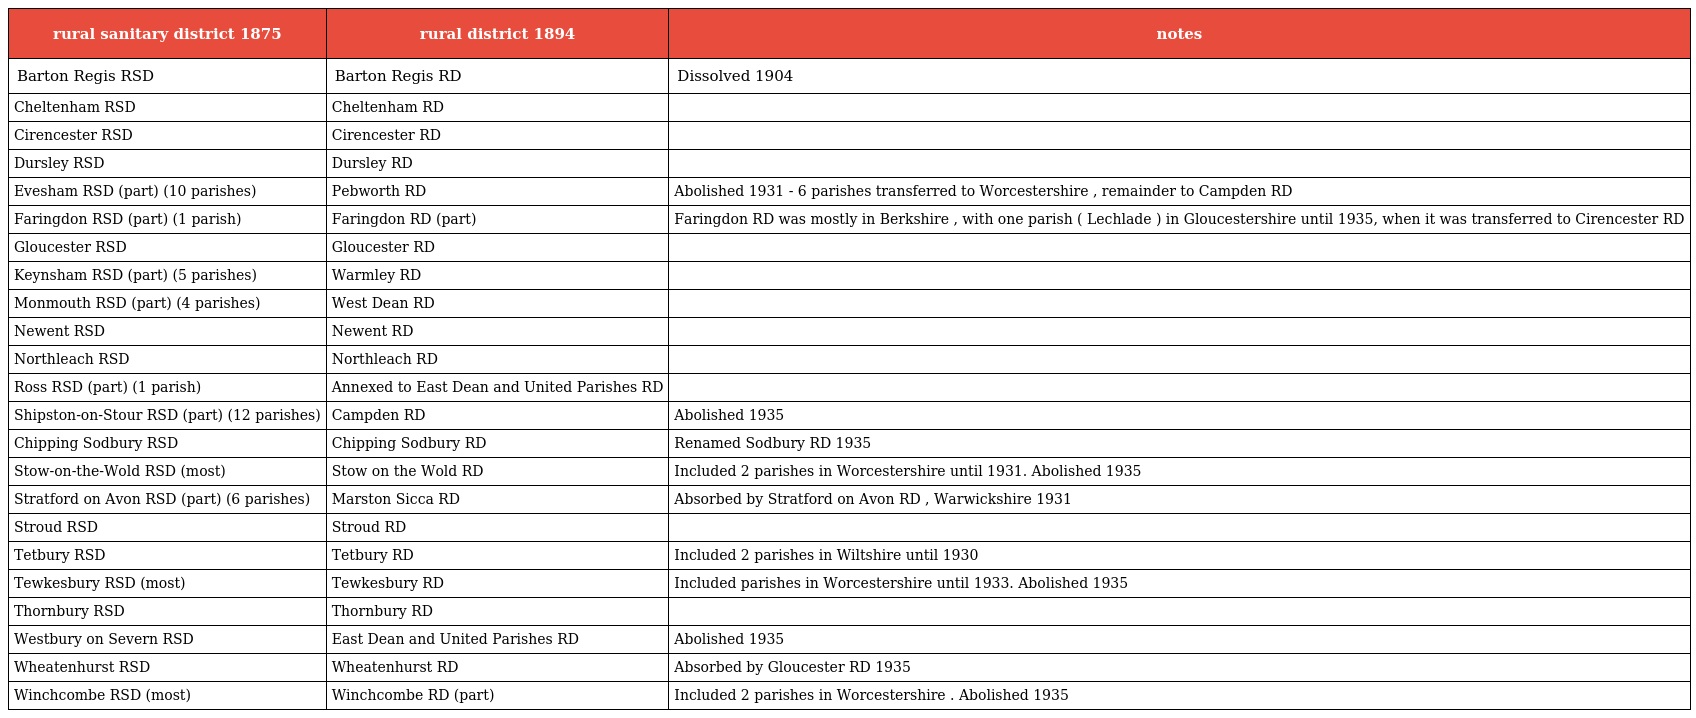
| rural sanitary district 1875 | rural district 1894 | notes |
 | --- | --- | --- |
 | Barton Regis RSD | Barton Regis RD | Dissolved 1904 |
 | Cheltenham RSD | Cheltenham RD |  |
 | Cirencester RSD | Cirencester RD |  |
 | Dursley RSD | Dursley RD |  |
 | Evesham RSD (part) (10 parishes) | Pebworth RD | Abolished 1931 - 6 parishes transferred to Worcestershire , remainder to Campden RD |
 | Faringdon RSD (part) (1 parish) | Faringdon RD (part) | Faringdon RD was mostly in Berkshire , with one parish ( Lechlade ) in Gloucestershire until 1935, when it was transferred to Cirencester RD |
 | Gloucester RSD | Gloucester RD |  |
 | Keynsham RSD (part) (5 parishes) | Warmley RD |  |
 | Monmouth RSD (part) (4 parishes) | West Dean RD |  |
 | Newent RSD | Newent RD |  |
 | Northleach RSD | Northleach RD |  |
 | Ross RSD (part) (1 parish) | Annexed to East Dean and United Parishes RD |  |
 | Shipston-on-Stour RSD (part) (12 parishes) | Campden RD | Abolished 1935 |
 | Chipping Sodbury RSD | Chipping Sodbury RD | Renamed Sodbury RD 1935 |
 | Stow-on-the-Wold RSD (most) | Stow on the Wold RD | Included 2 parishes in Worcestershire until 1931. Abolished 1935 |
 | Stratford on Avon RSD (part) (6 parishes) | Marston Sicca RD | Absorbed by Stratford on Avon RD , Warwickshire 1931 |
 | Stroud RSD | Stroud RD |  |
 | Tetbury RSD | Tetbury RD | Included 2 parishes in Wiltshire until 1930 |
 | Tewkesbury RSD (most) | Tewkesbury RD | Included parishes in Worcestershire until 1933. Abolished 1935 |
 | Thornbury RSD | Thornbury RD |  |
 | Westbury on Severn RSD | East Dean and United Parishes RD | Abolished 1935 |
 | Wheatenhurst RSD | Wheatenhurst RD | Absorbed by Gloucester RD 1935 |
 | Winchcombe RSD (most) | Winchcombe RD (part) | Included 2 parishes in Worcestershire . Abolished 1935 |